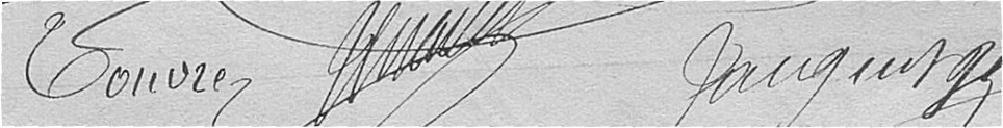
Vouvre ?Gaugin